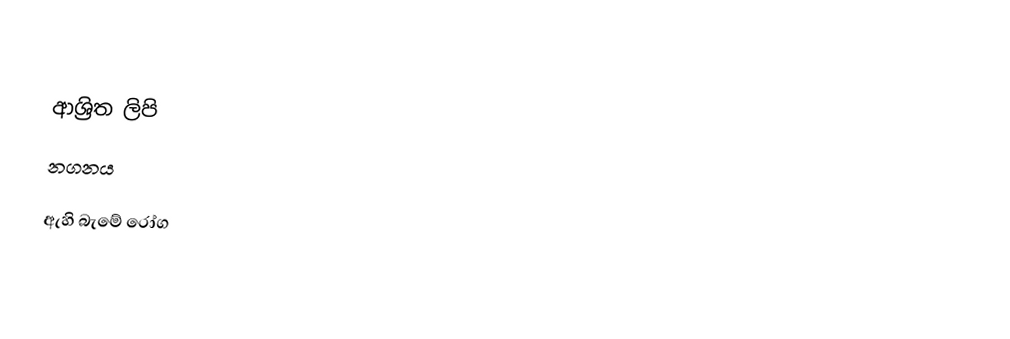

ආශ්‍රිත ලිපි
 නගනය

ඇහි බැමේ රෝග